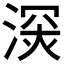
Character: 𣸧